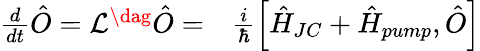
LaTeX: \begin{array}{rl}{\frac{d}{dt}\hat{O}=\mathcal{L}^{\dag}\hat{O}=}&{{}\frac{i}{\hbar}\left[\hat{H}_{JC}+\hat{H}_{pump},\hat{O}\right]}\end{array}